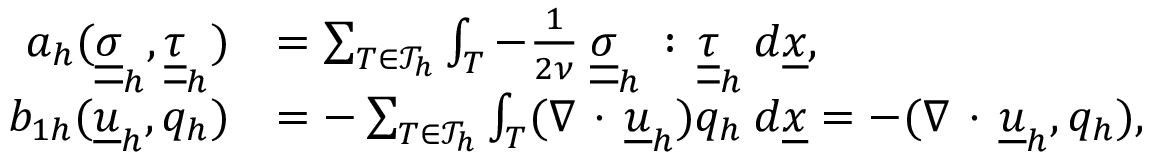
\begin{array} { r l } { a _ { h } ( \underline { { \underline { { \sigma } } } } _ { h } , \underline { { \underline { { \tau } } } } _ { h } ) } & { = \sum _ { T \in \mathcal { T } _ { h } } \int _ { T } - \frac { 1 } { 2 \nu } \: \underline { { \underline { { \sigma } } } } _ { h } \, : \, \underline { { \underline { { \tau } } } } _ { h } \: d \underline { { x } } , } \\ { b _ { 1 h } ( \underline { { u } } _ { h } , q _ { h } ) } & { = - \sum _ { T \in \mathcal { T } _ { h } } \int _ { T } ( \nabla \, \cdot \, \underline { { u } } _ { h } ) q _ { h } \: d \underline { { x } } = - ( \nabla \, \cdot \, \underline { { u } } _ { h } , q _ { h } ) , } \end{array}